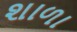
શાળા